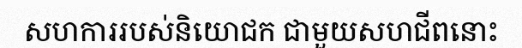
សហការរបស់និយោជក ជាមួយសហជីពនោះ